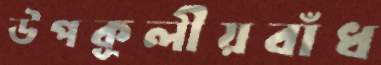
উপকূলীয়বাঁধ